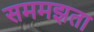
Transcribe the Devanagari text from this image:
सममझता